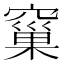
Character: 窼